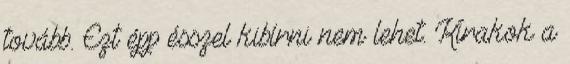
tovább. Ezt épp ésszel kibírni nem lehet. Kirakok a